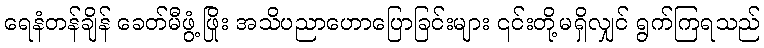
ရေနံတန်ချိန် ခေတ်မီဖွံ့ဖြိုး အသိပညာဟောပြောခြင်းများ ၎င်းတို့မရှိလျှင် ရွက်ကြရသည်